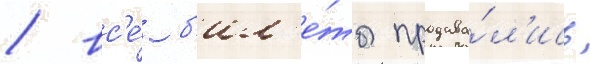
/ вс'е́ б'ил'е́ты продава́л'ись